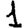
Digit: 1